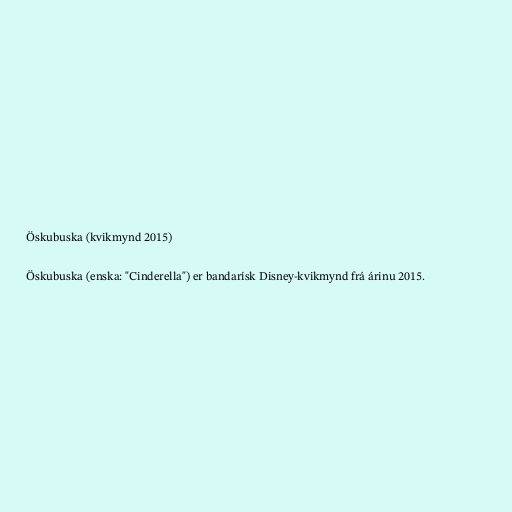
Öskubuska (kvikmynd 2015)

Öskubuska (enska: "Cinderella") er bandarísk Disney-kvikmynd frá árinu 2015.